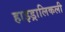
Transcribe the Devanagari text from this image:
हाइड्रालिकली